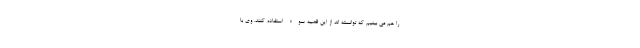
را هم می بینیم که توانسته اند از این قضیه سوء استفاده کنند. وی با